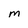
Character: M